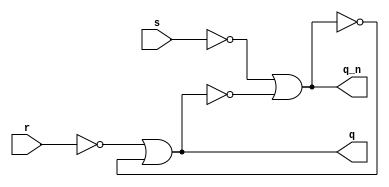

//SR Flip Flop
//Structural Modeling

module sr_st(s,r,q,q_n);
input s, r;
output q, q_n;
or g1(q_n,~s,~q);
or g2(q,~r,~q_n);
endmodule


//T Flip Flop
//Structural Modeling

module t_st(q,q1,t,c);
output q,q1;
input t,c;
wire w1,w2;
assign w1=t&c&q;
assign w2=t&c&q1;
assign q=~(w1|q1);
assign q1=~(w2|q);
endmodule


//D Flip Flop
//Structural Modeling
module dff_df(d,c,q,q1);
input d,c;
output q,q1;
and g1(w1,d,c); 
and g2(w2,~d,c); 
nor g3(q,w1,q1); 
nor g4(q1,w2,q); 
endmodule



//JK Flip Flop
//Structural Modeling
module jkflip_st(j,k,q,qn);
input j,k,q;
output qn;
and g1(w1,j,~q); 
and g2(w2,~k,q); 
or g3(qn,w1,w2); 
endmodule